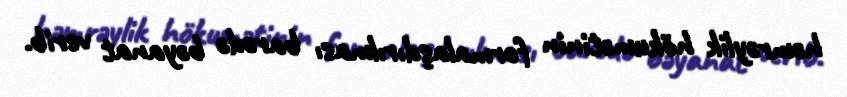
həmrəylik hökumətinin formalaşdırılması barədə bəyanat verib.